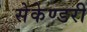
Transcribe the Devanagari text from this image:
सेकेण्‍डरी